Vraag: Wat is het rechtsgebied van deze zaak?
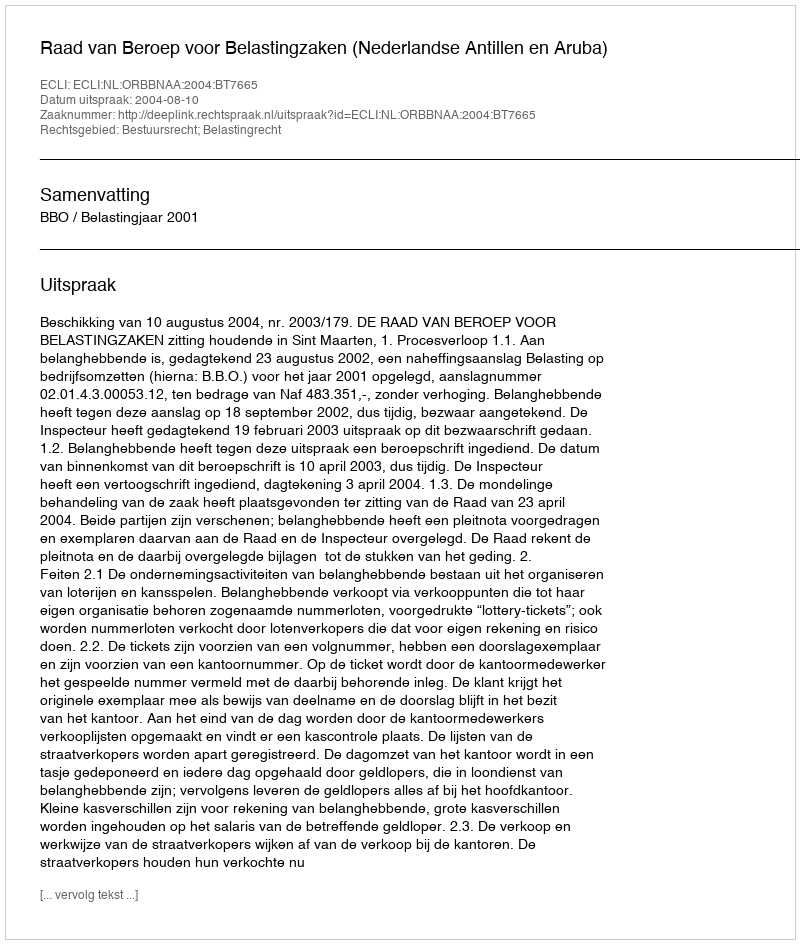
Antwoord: Bestuursrecht; Belastingrecht